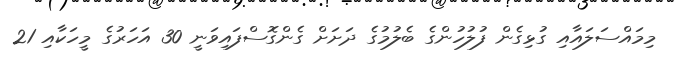
މިމައްސަލައާއި ގުޅިގެން ފުލުހުންގެ ބެލުމުގެ ދަށަށް ގެންގޮސްފައިވަނީ 30 އަހަރުގެ މީހަކާއި 21